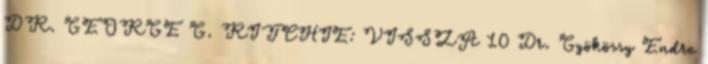
DR. GEORGE G. RITCHIE: VISSZA 10 Dr. Gyökössy Endre